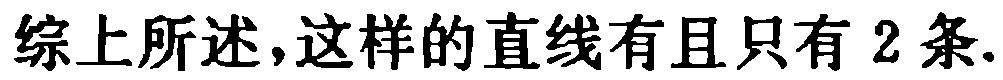
综上所述，这样的直线有且只有 \(2\) 条.